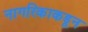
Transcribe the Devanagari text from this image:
नागरिकाकडून